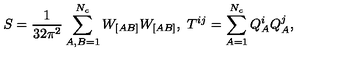
S = \frac { 1 } { 3 2 \pi ^ { 2 } } \sum _ { A , B = 1 } ^ { N _ { c } } W _ { [ A B ] } W _ { [ A B ] } , \ T ^ { i j } = \sum _ { A = 1 } ^ { N _ { c } } Q _ { A } ^ { i } Q _ { A } ^ { j } ,